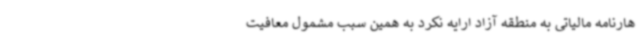
هارنامه مالیاتی به منطقه آزاد ارایه نکرد به همین سبب مشمول معافیت